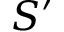
S ^ { \prime }